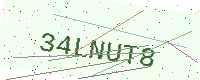
Text: 34LNUT8